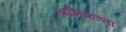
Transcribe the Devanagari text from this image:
अभिकत्र्ता